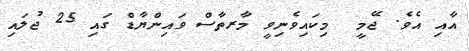
އާއި އެވެ. ޖޭމީ  މިކައިވެނިވީ މާރތާސް ވައިންޔާޑް ގައި 25 ޖުލައި